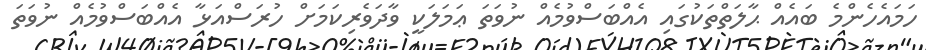
ހަމައެހެންމެ ބައެއް ޙާލަތްތަކުގައި އެއްބަސްވުމެއް ނުވަތަ ޢަމަލަކީ ވާދަވެރިކަމަށް ހުރަސްއަޅާ އެއްބަސްވުމެއް ނުވަތަ